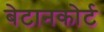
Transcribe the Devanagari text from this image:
बेटानकोर्ट